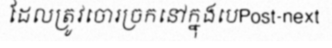
ដែលត្រូវចោរច្រកនៅក្នុងបេPost-next